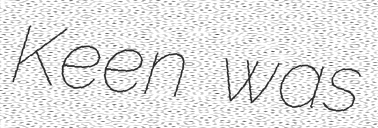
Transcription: Keen was